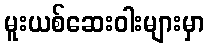
မူးယစ်ဆေးဝါးများမှာ